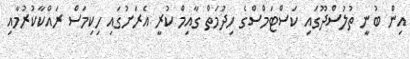
އިން ބުނީ ތުލުސްދޫގައި ކަސްޓަމްސްގެ ހިދުމަތް ގާއިމް ކުރީ އެރަށުގައި ހިކިމަސް ރައްކާކުރުމާއި